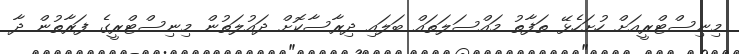
މިނިސްޓްރީއަށް ހުށަހެޅޭ ތަފާތު މައްސަލަތައް ބަލައި ދިރާސާކޮށް ދައުލަތުން މިނިސްޓްރީގެ ފަރާތުން ދާ